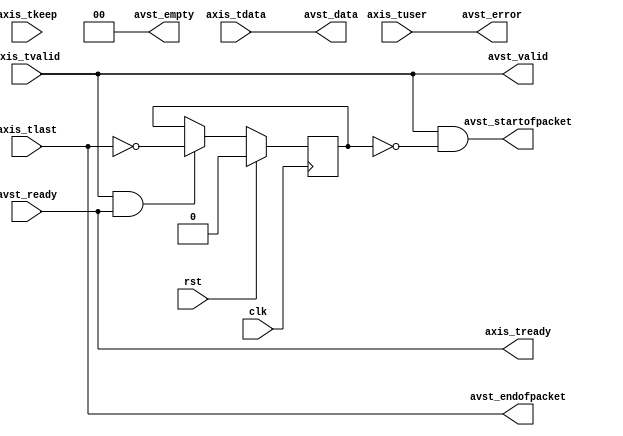
/*

Copyright (c) 2021 Alex Forencich

Permission is hereby granted, free of charge, to any person obtaining a copy
of this software and associated documentation files (the "Software"), to deal
in the Software without restriction, including without limitation the rights
to use, copy, modify, merge, publish, distribute, sublicense, and/or sell
copies of the Software, and to permit persons to whom the Software is
furnished to do so, subject to the following conditions:

The above copyright notice and this permission notice shall be included in
all copies or substantial portions of the Software.

THE SOFTWARE IS PROVIDED "AS IS", WITHOUT WARRANTY OF ANY KIND, EXPRESS OR
IMPLIED, INCLUDING BUT NOT LIMITED TO THE WARRANTIES OF MERCHANTABILITY
FITNESS FOR A PARTICULAR PURPOSE AND NONINFRINGEMENT. IN NO EVENT SHALL THE
AUTHORS OR COPYRIGHT HOLDERS BE LIABLE FOR ANY CLAIM, DAMAGES OR OTHER
LIABILITY, WHETHER IN AN ACTION OF CONTRACT, TORT OR OTHERWISE, ARISING FROM,
OUT OF OR IN CONNECTION WITH THE SOFTWARE OR THE USE OR OTHER DEALINGS IN
THE SOFTWARE.

*/

// Language: Verilog 2001

`resetall
`timescale 1ns / 1ps
`default_nettype none

/*
 * AXI stream to Avalon-ST
 */
module axis2avst #(
    parameter DATA_WIDTH = 8,
    parameter KEEP_WIDTH = (DATA_WIDTH/8),
    parameter KEEP_ENABLE = (DATA_WIDTH>8),
    parameter EMPTY_WIDTH = $clog2(KEEP_WIDTH),
    parameter BYTE_REVERSE = 0
)
(
    input  wire                    clk,
    input  wire                    rst,

    input  wire [DATA_WIDTH-1:0]   axis_tdata,
    input  wire [KEEP_WIDTH-1:0]   axis_tkeep,
    input  wire                    axis_tvalid,
    output wire                    axis_tready,
    input  wire                    axis_tlast,
    input  wire                    axis_tuser,

    input  wire                    avst_ready,
    output wire                    avst_valid,
    output wire [DATA_WIDTH-1:0]   avst_data,
    output wire                    avst_startofpacket,
    output wire                    avst_endofpacket,
    output wire [EMPTY_WIDTH-1:0]  avst_empty,
    output wire                    avst_error
);

parameter BYTE_WIDTH = KEEP_ENABLE ? DATA_WIDTH / KEEP_WIDTH : DATA_WIDTH;

reg frame_reg = 1'b0;

generate

genvar n;

if (BYTE_REVERSE) begin : rev
    for (n = 0; n < KEEP_WIDTH; n = n + 1) begin
        assign avst_data[n*BYTE_WIDTH +: BYTE_WIDTH] = axis_tdata[(KEEP_WIDTH-n-1)*BYTE_WIDTH +: BYTE_WIDTH];
    end
end else begin
    assign avst_data = axis_tdata;
end

endgenerate

reg [EMPTY_WIDTH-1:0] empty;

assign avst_empty = empty;

integer k;

always @* begin
    empty = KEEP_WIDTH-1;
    for (k = 0; k < KEEP_WIDTH; k = k + 1) begin
        if (axis_tkeep[k]) begin
            empty = KEEP_WIDTH-1-k;
        end
    end
end

assign avst_valid = axis_tvalid;
assign avst_startofpacket = axis_tvalid & !frame_reg;
assign avst_endofpacket = axis_tlast;
assign avst_error = axis_tuser;

assign axis_tready = avst_ready;

always @(posedge clk) begin
    if (axis_tvalid && axis_tready) begin
        frame_reg <= !axis_tlast;
    end

    if (rst) begin
        frame_reg <= 1'b0;
    end
end

endmodule

`resetall